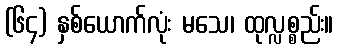
(၆၄) နှစ်ယောက်လုံး မသေ၊ ထုလ္လစ္စည်း။